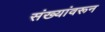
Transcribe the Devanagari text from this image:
संख्यांवरून